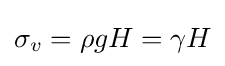
\sigma _{v}=\rho gH=\gamma H